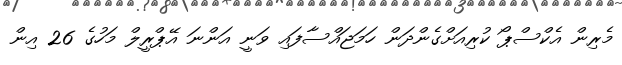
މެރިން އެކްސްޕޯ ކުރިއަށްގެންދަން ހަމަޖައްސާފައި ވަނީ އަންނަ އޭޕްރީލް މަހުގެ 26 އިން